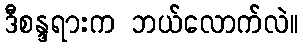
ဒီစန္ဒရားက ဘယ်လောက်လဲ။